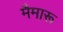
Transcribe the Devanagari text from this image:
मैमारू